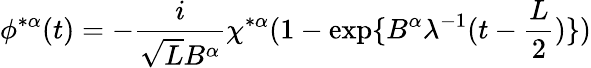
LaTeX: \phi^{*\alpha}(t)=-\frac{i}{\sqrt{L}B^{\alpha}}\chi^{*\alpha}(1-\exp\{ B^{\alpha}\lambda^{-1}(t-\frac{L}{2})\} )